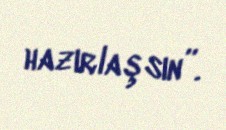
hazırlaşsın”.